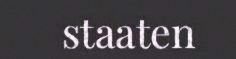
staaten